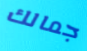
جمالك